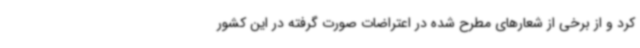
کرد و از برخی از شعارهای مطرح شده در اعتراضات صورت گرفته در این کشور